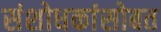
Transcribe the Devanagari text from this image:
संशोधकांसोबत